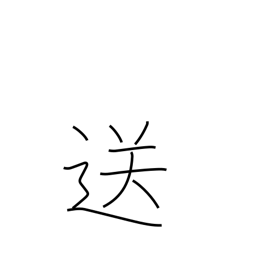
Meaning: send